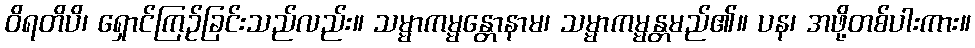
ဝိရတိပိ၊ ရှောင်ကြဉ်ခြင်းသည်လည်း။ သမ္မာကမ္မန္တောနာမ၊ သမ္မာကမ္မန္တမည်၏။ ပန၊ အဖို့တစ်ပါးကား။